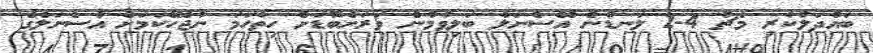
ބައްދަލުކުރި މެޗު 4-2 ލަނޑުން އޭސެނަލް ބަލިވުމުން ވަރަށްބޮޑަށް ހިތްހަމަ ނުޖެހޭކަމަށް އާސެނަލްގެ